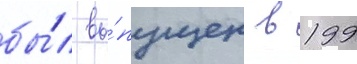
бы́л вы́пущен в 199